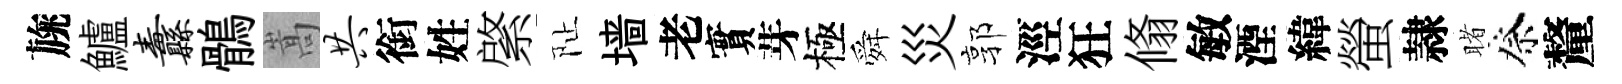
旐鱸纛鶻嵩共銜姓綮阯墙老實芽極舜災郭涇狂翛敏湮緯螢隷睹祭釐